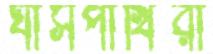
ঘাসপাখিরা